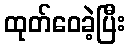
ထုတ်ဝေခဲ့ပြီး